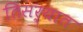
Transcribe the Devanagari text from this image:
तिसर्‍यात